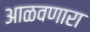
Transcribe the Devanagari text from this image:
आळवणारा